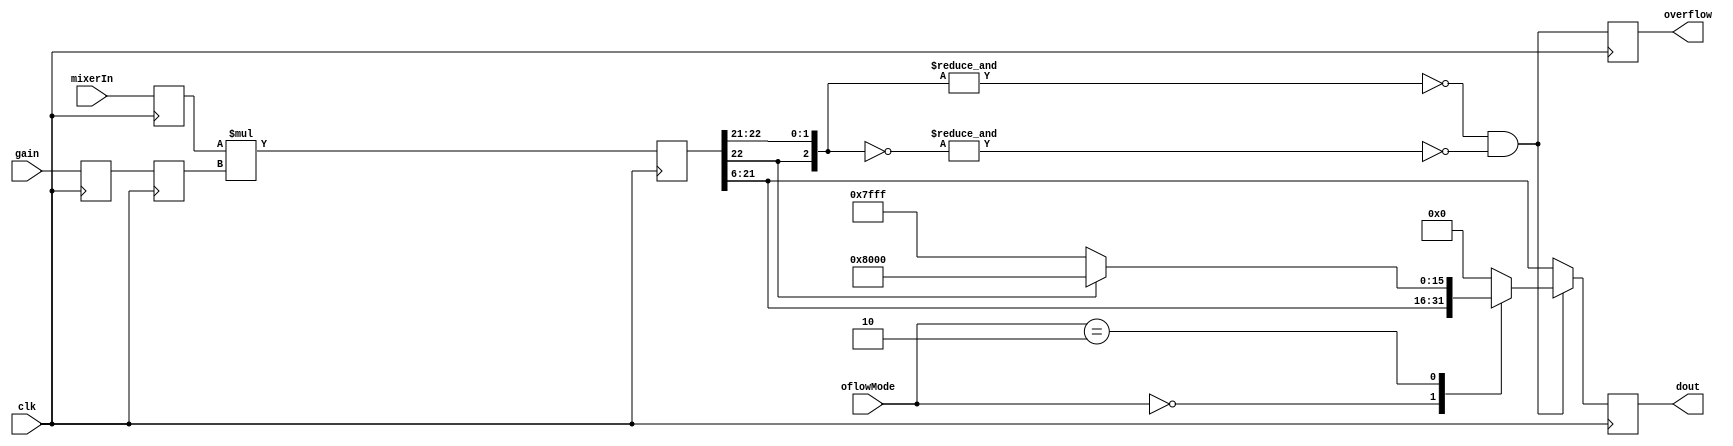
module gainMult(
    input clk,
	 input [1:0] oflowMode,
    input signed [15:0] mixerIn,
    input signed [6:0] gain,
    output reg signed [15:0] dout = 16'sd0,
    output reg overflow = 1'b0
    );

parameter GAIN_SCALE = 1; //sets the scale factor for the gain; e.g. 128 ADC cnts maps to 2048 at DAC for GAIN_SCALE = -4 //
parameter GAIN_OFFSET = 5; // maps ADC counts to DAC counts for the mid-range of the gain (i.e. 2^5 for 7-bit gain) // 7-bit gain //
parameter GAIN_MSB = 23;

(* shreg_extract = "no" *) reg signed [15:0] mixerIn_reg = 16'sd0; // gainMult input register //
(* shreg_extract = "no" *) reg signed [6:0] gain_reg = 7'sd0, gain_reg_b = 7'sd0; // 7-bit gain // gainMult input register //
//(* shreg_extract = "no" *) reg signed [13:0] gain_reg = 14'sd0; // 14-bit gain // gainMult input register //

reg signed [GAIN_MSB:0] gainMult = 24'sd0;// = GAIN_MSB+1'sd0; // 7-bit gain //
//reg signed [GAIN_MSB:0] gainMult = 31'sd0; // 14-bit gain //

wire oflowDet = (~&gainMult[GAIN_MSB:GAIN_OFFSET+GAIN_SCALE+15] && ~&(~gainMult[GAIN_MSB:GAIN_OFFSET+GAIN_SCALE+15]));

always @(posedge clk) begin
	mixerIn_reg <= mixerIn;
	gain_reg <= gain;
	gain_reg_b <= gain_reg;
	gainMult <= (mixerIn_reg * gain_reg_b);
	overflow <= oflowDet;
	if (oflowDet) begin
		case (oflowMode)
		2'b00: dout <= gainMult[GAIN_OFFSET+GAIN_SCALE+15:GAIN_OFFSET+GAIN_SCALE]; // do nothing - ignore overflow //
		2'b01: dout <= 16'sd0; // kill output //
		2'b10: dout <= (gainMult[GAIN_MSB]) ? -16'sd32768 : 16'sd32767; // saturate output //
		default: dout <= 16'sd0;
		endcase 
	end else dout <= gainMult[GAIN_OFFSET+GAIN_SCALE+15:GAIN_OFFSET+GAIN_SCALE];
end

endmodule